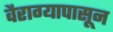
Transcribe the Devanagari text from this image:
वैराग्यापासून